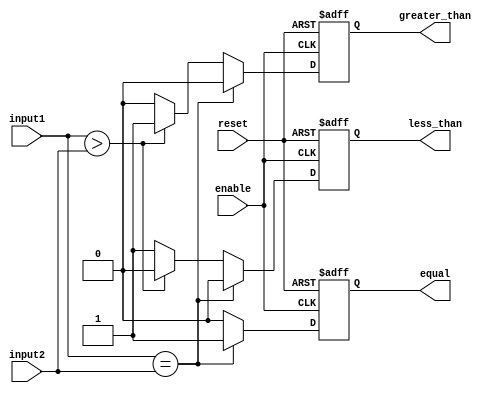
module comparator (
  input wire [7:0] input1,
  input wire [7:0] input2,
  input wire enable,
  input wire reset,
  output wire equal,
  output wire greater_than,
  output wire less_than
);

reg equal, greater_than, less_than;

always @ (posedge enable or posedge reset) begin
  if (reset) begin
    equal <= 0;
    greater_than <= 0;
    less_than <= 0;
  end else begin
    if (input1 == input2) begin
      equal <= 1;
      greater_than <= 0;
      less_than <= 0;
    end else if (input1 > input2) begin
      equal <= 0;
      greater_than <= 1;
      less_than <= 0;
    end else begin
      equal <= 0;
      greater_than <= 0;
      less_than <= 1;
    end
  end
end

endmodule